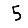
Digit: 5